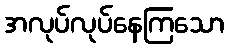
အလုပ်လုပ်နေကြသော